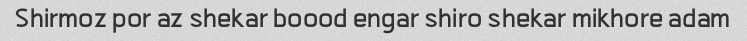
Shirmoz por az shekar boood engar shiro shekar mikhore adam